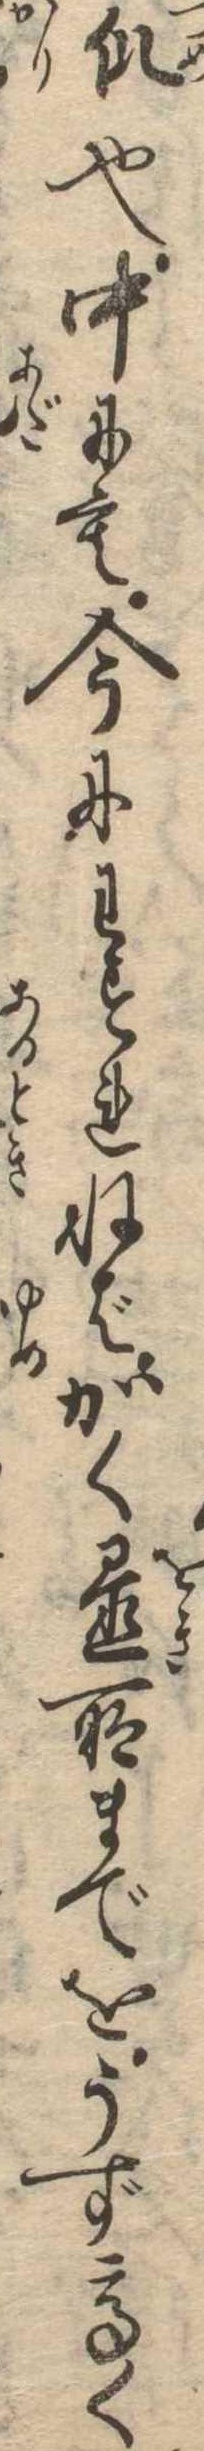
爪也中にも今にわすれねばかく置所までをうず高く